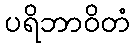
ပရိဘာဝိတံ